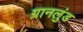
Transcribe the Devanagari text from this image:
ग्रानलुंड